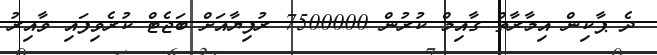
ދެ ޕާކިން އިމާރާތް ގާއިމް ކުރުން 7500000 ރުފިޔާއަށް ބަޖެޓް ކުރެވިފައި ވާއިރު